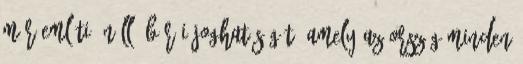
már említi önálló bírói joghatóságát, amely az ország minden